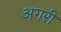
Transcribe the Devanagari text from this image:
अगरी